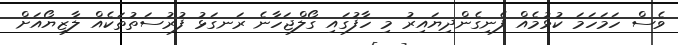
ވެސް ހަމަހަމަ ކުޅުމެއް ފެނިގެންދިޔައިރު މި ހާފުގައި ގޯލްޖަހާނެ ރަނގަޅު ފުރުސަތުތަކެއް ލާޒިޔޯއަށް